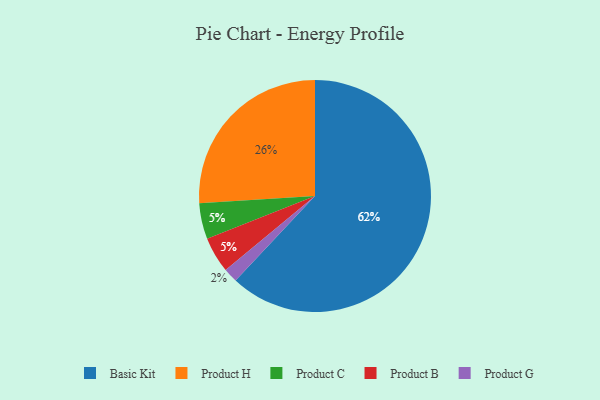
{"axis": {"x": "Category", "y": "Percentage"}, "legend": ["Basic Kit", "Product B", "Product C", "Product G", "Product H"], "data": [{"x": "Product H", "y": 26, "type": "Product H"}, {"x": "Product C", "y": 5, "type": "Product C"}, {"x": "Basic Kit", "y": 62, "type": "Basic Kit"}, {"x": "Product G", "y": 2, "type": "Product G"}, {"x": "Product B", "y": 5, "type": "Product B"}]}